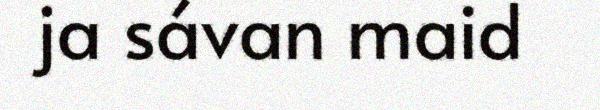
ja sávan maid